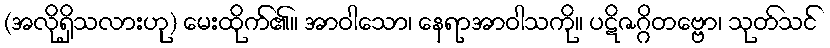
(အလိုရှိသလားဟု) မေးထိုက်၏။ အာဝါသော၊ နေရာအာဝါသကို။ ပဋိဇဂ္ဂိတဗ္ဗော၊ သုတ်သင်